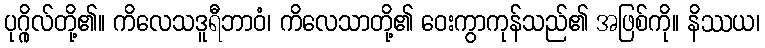
ပုဂ္ဂိုလ်တို့၏။ ကိလေသဒူရီဘာဝံ၊ ကိလေသာတို့၏ ဝေးကွာကုန်သည်၏ အဖြစ်ကို။ နိဿယ၊